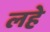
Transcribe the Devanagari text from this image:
लहे